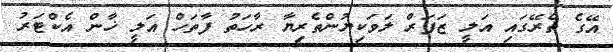
އޭގެ ތެރޭގައި އަލީ ޒަފަރް ލަވަކިޔުންތެރިޔާ ރާހަތު ފާތަހް އަލީ ޚާން އެކްޓަރު